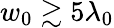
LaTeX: w_{0}\gtrsim 5\lambda_{0}